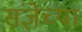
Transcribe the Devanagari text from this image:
संज्ञेच्या